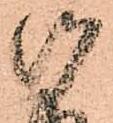
御